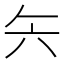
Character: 𰃞